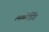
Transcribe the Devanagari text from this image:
लम्मेर्डिंग